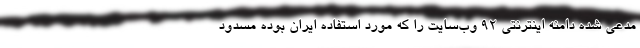
مدعی شده دامنه اینترنتی ۹۲ وب‌سایت را که مورد استفاده ایران بوده مسدود